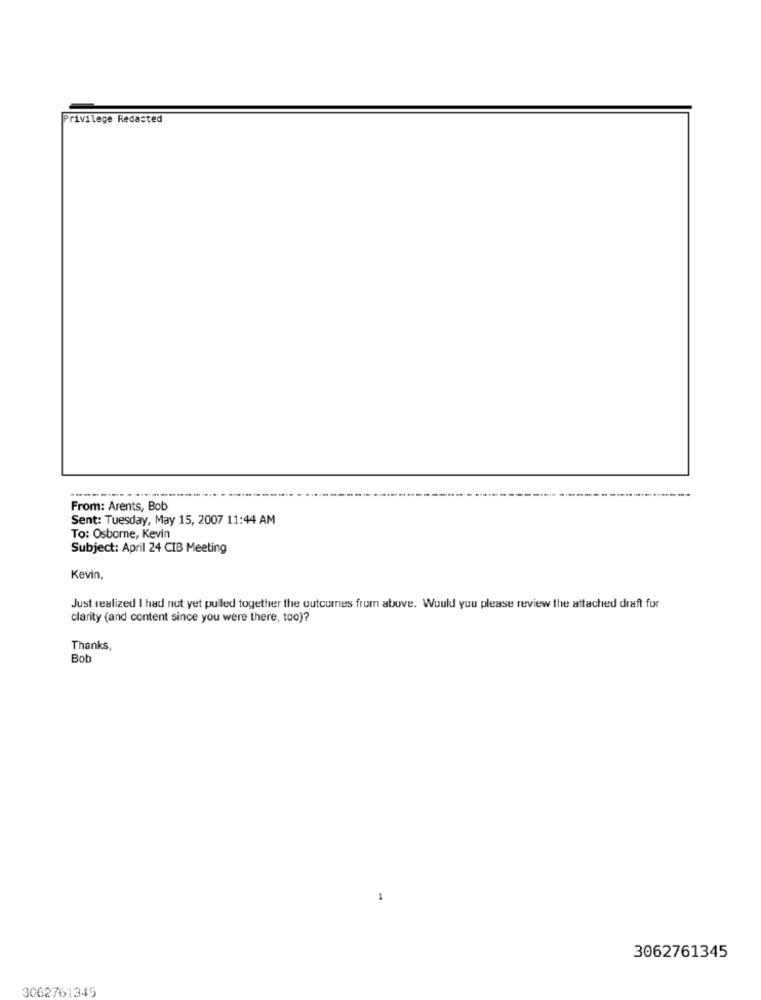
Privilege Redacted
From: Arents, Bob
Sent: Tuesday, May 15, 2007 11:44 AM
To: Osborne, Kevin
Subject: April 24 CIB Meeting
Kevin,
Just realized I had not yet pulled together the outcomes from above. Would you please review the attached draft fur
clarity (and content since you were there, too)?
Thanks,
Bob
3062761345
3062761345